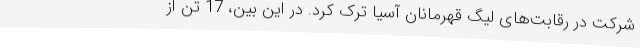
شرکت در رقابت‌های لیگ قهرمانان آسیا ترک کرد. در این بین، 17 تن از